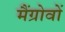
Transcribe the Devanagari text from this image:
मैंग्रोवों